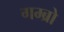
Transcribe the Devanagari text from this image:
गम्ब्रो